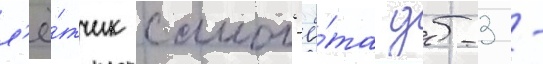
л'ё́тчик самол'ё́та дб-3 -